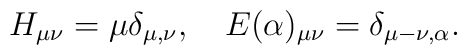
H_{\mu \nu}=\mu\delta_{\mu, \nu},\quad    	E(\alpha)_{\mu \nu}=\delta_{\mu-\nu,\alpha}.